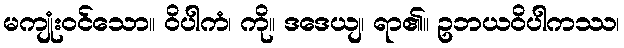
မကျုံးဝင်သော။ ဝိပါကံ၊ ကို။ ဒဒေယျ၊ ရာ၏။ ဥဘယဝိပါကဿ၊